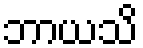
ဘာယသိ